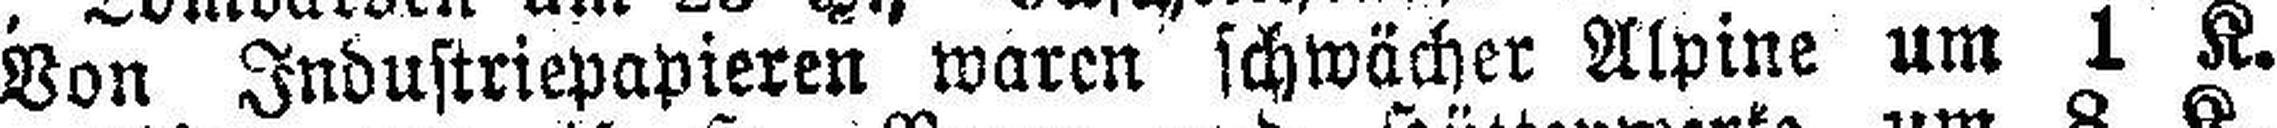
Von Industriepapieren waren schwächer Alpine um 1 K.